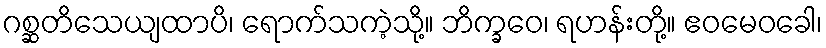
ဂစ္ဆတိသေယျထာပိ၊ ရောက်သကဲ့သို့။ ဘိက္ခဝေ၊ ရဟန်းတို့။ ဧဝမေဝခေါ၊